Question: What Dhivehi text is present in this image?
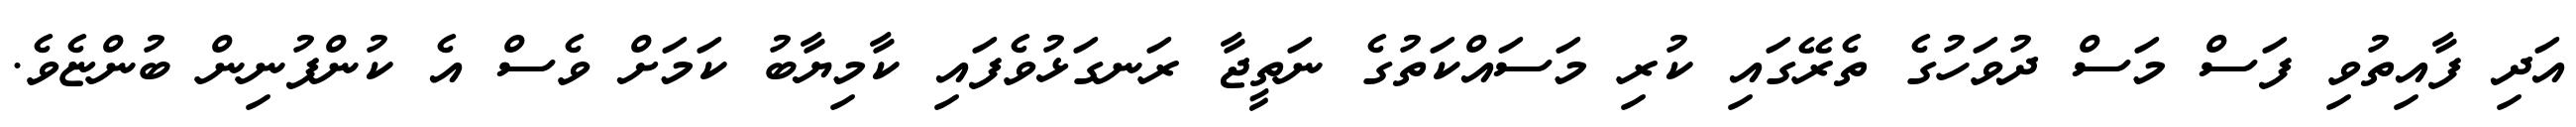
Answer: އަދި ފާއިތުވި ފަސް މަސް ދުވަހުގެ ތެރޭގައި ކުރި މަސައްކަތުގެ ނަތީޖާ ރަނގަޅުވެފައި ކާމިޔާބު ކަމަށް ވެސް އެ ކުންފުނިން ބުންޏެވެ.